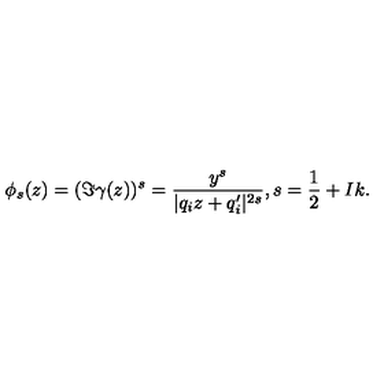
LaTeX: \phi _ { s } ( z ) = ( \Im \gamma ( z ) ) ^ { s } = \frac { y ^ { s } } { | q _ { i } z + q _ { i } ^ { \prime } | ^ { 2 s } } , s = \frac { 1 } { 2 } + I k .